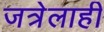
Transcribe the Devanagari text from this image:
जत्रेलाही